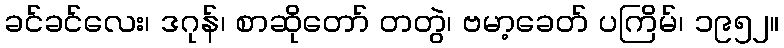
ခင်ခင်လေး၊ ဒဂုန်၊ စာဆိုတော် တတွဲ၊ ဗမာ့ခေတ် ပကြိမ်၊ ၁၉၅၂။